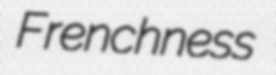
Frenchness